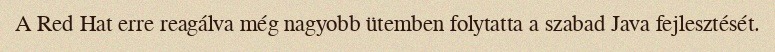
A Red Hat erre reagálva még nagyobb ütemben folytatta a szabad Java fejlesztését.